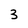
Character: 3